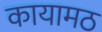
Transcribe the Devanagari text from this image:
कायामठ